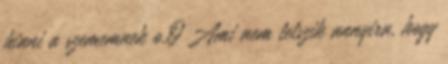
hinni a szememnek o.O Ami nem tetszik annyira, hogy